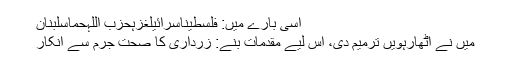
اسی بارے میں: فلسطیناسرائیلغزہحزب اللہحماسلبنان
میں نے اٹھارہویں ترمیم دی، اس لیے مقدمات بنے: زرداری کا صحت جرم سے انکار